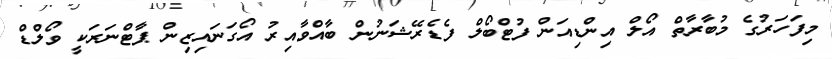
މިފަހަރުގެ މުބާރާތް އޯލް އިންޑިއަން ފުޓްބޯލް ފެޑެރޭޝަނުން ބާއްވާއިރު އޯގަނައިޒިން ޕާޓްނަރަކީ ވޯލްޑް